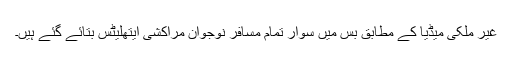
غیر ملکی میڈیا کے مطابق بس میں سوار تمام مسافر نوجوان مراکشی ایتھلیٹس بتائے گئے ہیں۔